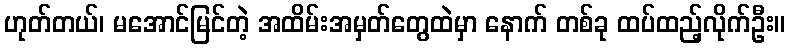
ဟုတ်တယ်၊ မအောင်မြင်တဲ့ အထိမ်းအမှတ်တွေထဲမှာ နောက် တစ်ခု ထပ်ထည့်လိုက်ဦး။